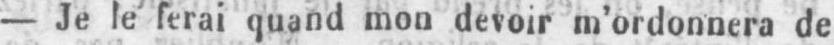
- Je le ferai quand mon devoir m’ordonnera de